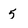
Character: 5